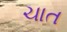
ચાત